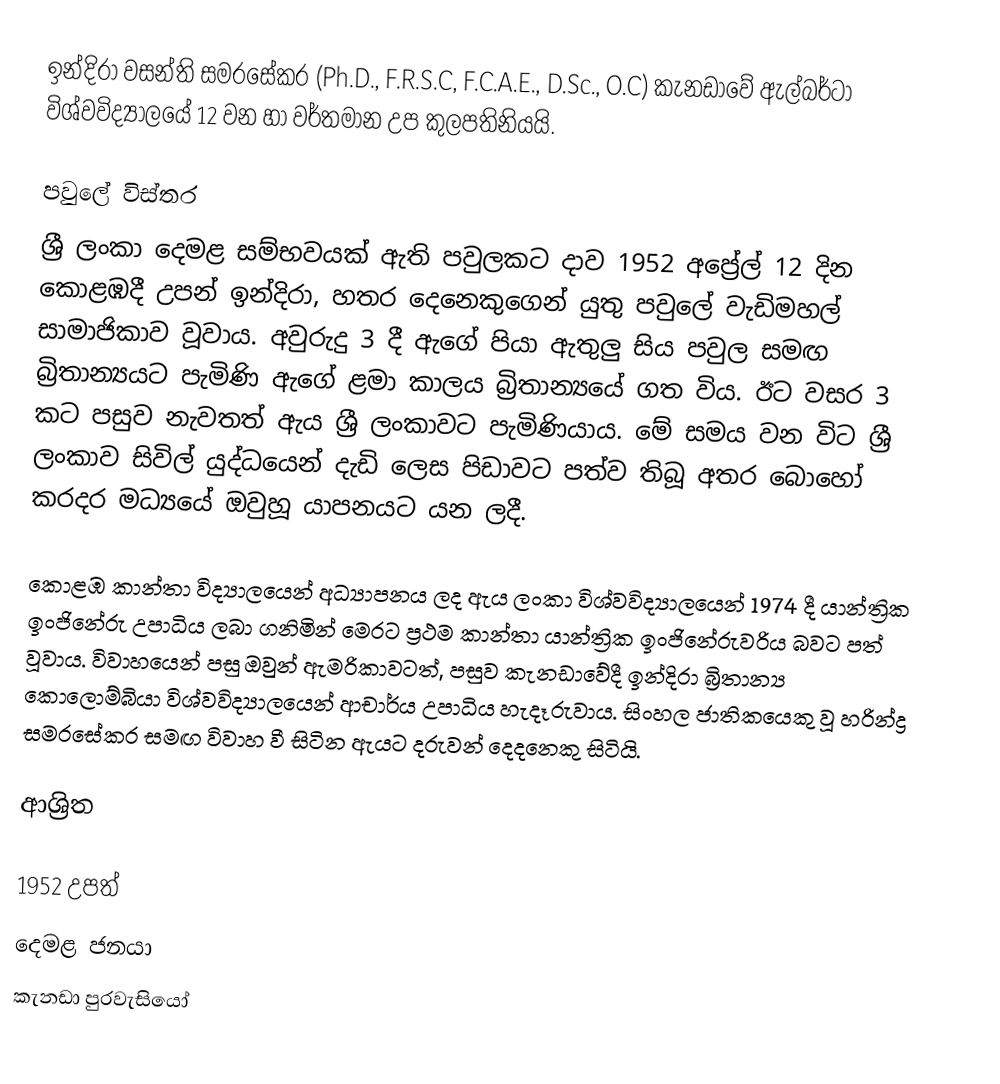
ඉන්දිරා වසන්ති සමරසේකර (Ph.D., F.R.S.C, F.C.A.E., D.Sc., O.C) කැනඩාවේ ඇල්බර්ටා විශ්වවිද්‍යාලයේ 12 වන හා වර්තමාන උප කුලපතිනියයි.

පවුලේ විස්තර
ශ්‍රී ලංකා දෙමළ සම්භවයක් ඇති පවුලකට දාව 1952 අප්‍රේල් 12 දින කොළඹදී උපන් ඉන්දිරා, හතර දෙනෙකුගෙන් යුතු පවුලේ වැඩිමහල් සාමාජිකාව වූවාය. අවුරුදු 3 දී ඇගේ පියා ඇතුලු සිය පවුල සමඟ බ්‍රිතාන්‍යයට පැමිණි ඇගේ ළමා කාලය බ්‍රිතාන්‍යයේ ගත විය. ඊට වසර 3 කට පසුව නැවතත් ඇය ශ්‍රී ලංකාවට පැමිණියාය. මේ සමය වන විට ශ්‍රී ලංකාව සිවිල් යුද්ධයෙන් දැඩි ලෙස පිඩාවට පත්ව තිබූ අතර බොහෝ කරදර මධ්‍යයේ ඔවුහූ යාපනයට යන ලදී.

කොළඹ කාන්තා විද්‍යාලයෙන් අධ්‍යාපනය ලද ඇය ලංකා විශ්වවිද්‍යාලයෙන් 1974 දී යාන්ත්‍රික ඉංජිනේරු උපාධිය ලබා ගනිමින් මෙරට ප්‍රථම කාන්තා යාන්ත්‍රික ඉංජිනේරුවරිය බවට පත් වූවාය. විවාහයෙන් පසු ඔවුන් ඇමරිකාවටත්, පසුව කැනඩාවේදී ඉන්දිරා බ්‍රිතාන්‍ය කොලොම්බියා විශ්වවිද්‍යාලයෙන් ආචාර්ය උපාධිය හැදෑරුවාය. සිංහල ජාතිකයෙකු වූ හරින්ද්‍ර සමරසේකර සමඟ විවාහ වී සිටින ඇයට දරුවන් දෙදනෙකු සිටියි.

ආශ්‍රිත

1952 උපත්
දෙමළ ජනයා
කැනඩා පුරවැසියෝ